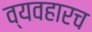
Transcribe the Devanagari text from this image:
व्यवहारच